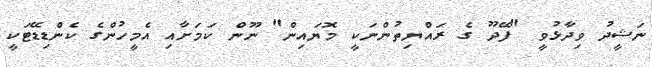
ނަޝީދު ވިދާޅުވީ "ފޭދޫ ގެ ރައްޔިތުންނަކީ މޮޔައިން" ނޫން ކަމަށާއި އެމީހުންގެ ކެންޑިޑޭޓަކީ